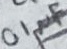
Text: 0.1µF